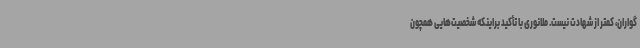
گواران، کمتر از شهادت نیست. ملانوری با تأکید براینکه شخصیت‌هایی همچون